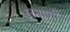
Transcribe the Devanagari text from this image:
जनाणी